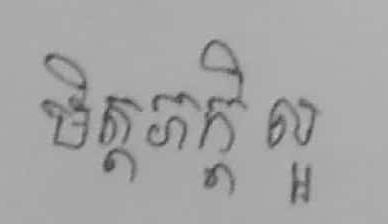
មិត្តភក្ដិល្អ